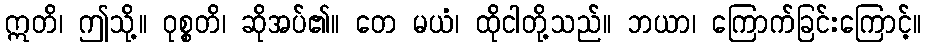
ဣတိ၊ ဤသို့။ ဝုစ္စတိ၊ ဆိုအပ်၏။ တေ မယံ၊ ထိုငါတို့သည်။ ဘယာ၊ ကြောက်ခြင်းကြောင့်။